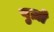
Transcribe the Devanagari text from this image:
पुज़ो